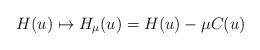
LaTeX: \begin{align*}H(u) \mapsto {H}_{{\mu}}(u)= {H}(u) - \mu {C} (u)\end{align*}